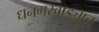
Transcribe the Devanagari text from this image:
धनगरवाड्यात